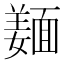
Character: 𲊚